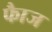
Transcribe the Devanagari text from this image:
फाैज